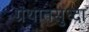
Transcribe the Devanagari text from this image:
ग्रंथातसुध्दा